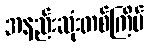
အနည်းဆုံးတစ်ကြိမ်